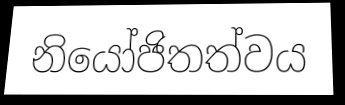
නියෝජිතත්වය